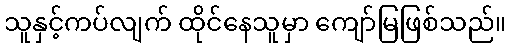
သူနှင့်ကပ်လျက် ထိုင်နေသူမှာ ကျော်မြဖြစ်သည်။